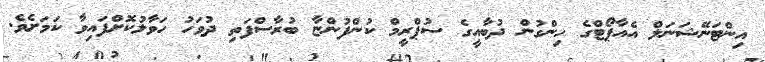
އިންޓަނޭޝަނަލް އެއާޕޯޓްގެ ހިންގުން ދުބާއީގެ ސުޕްރީމް ކުންފުންޏާ ބުރާސްފަތި ދުވަހު ހަވާލުކޮށްފައިވާ ކަމަށެވެ.